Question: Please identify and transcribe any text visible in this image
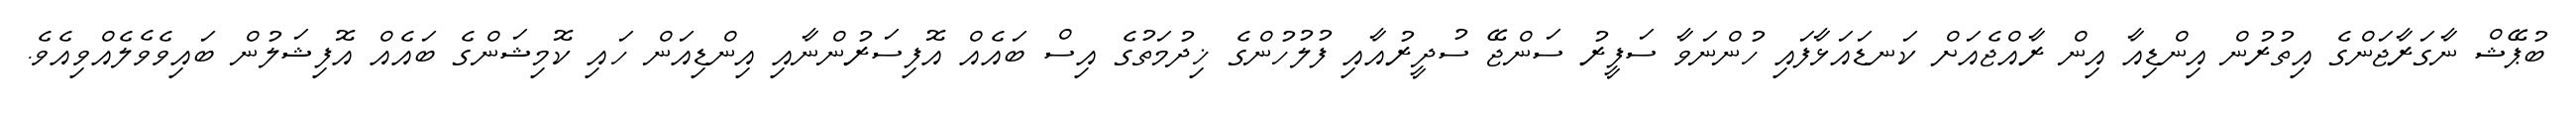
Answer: ބުޕޭޝް ނާގަރާޖަންގެ އިތުރުން އިންޑިއާ އިން ރާއްޖެއަށް ކަނޑައަޅާފައި ހުންނަވާ ސަފީރު ސަންޖޭ ސުދީރުއާއި ފުލުހުންގެ ޚިދުމަތުގެ އިސް ބައެއް އޮފިސަރުންނާއި އިންޑިއަން ހައި ކޮމިޝަންގެ ބައެއް އޮފިޝަލުން ބައިވެވެލެއްވިއެވެ.